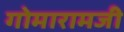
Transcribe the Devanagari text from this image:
गोमारामजी